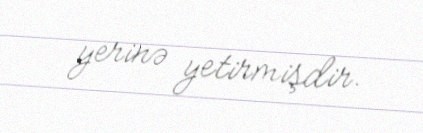
yerinə yetirmişdir.